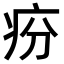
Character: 𤵇